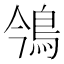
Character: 鳹